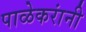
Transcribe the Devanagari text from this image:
पाळेकरांनी